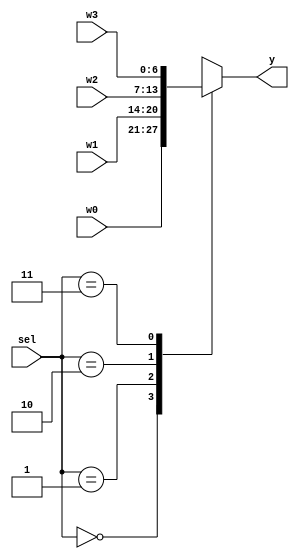
module mux_4x1 #(parameter address_width=7 )(

input [address_width-1:0]w0,w1,w2,w3,
input [1:0]sel,
output reg [address_width-1:0] y

);
always @(*)
begin
  case(sel)
    
      2'b00:y=w0;
      2'b01:y=w1;
      2'b10:y=w2;
      2'b11:y=w3;   
    endcase
  end
endmodule